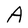
Character: A